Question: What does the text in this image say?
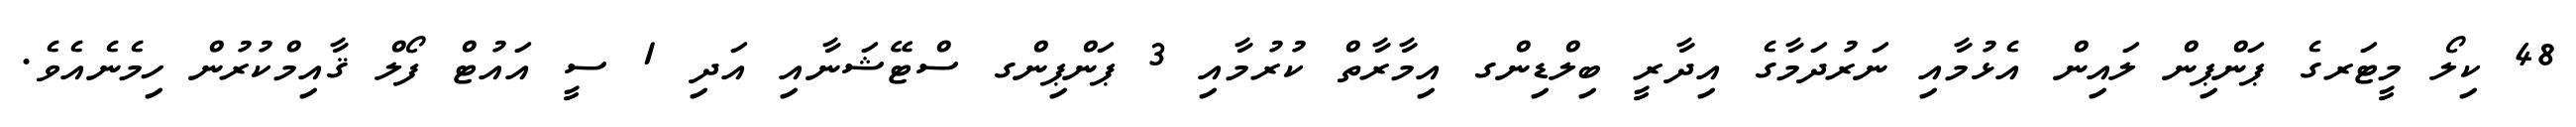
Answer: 48 ކިލޯ މީޓަރގެ ޕަންޕިން ލައިން އެޅުމާއި ނަރުދަމާގެ އިދާރީ ބިލްޑިންގ އިމާރާތް ކުރުމާއި 3 ޕަންޕިންގ ސްޓޭޝަނާއި އަދި 1 ސީ އައުޓް ފޯލް ޤާއިމްކުރުން ހިމެނެއެވެ.